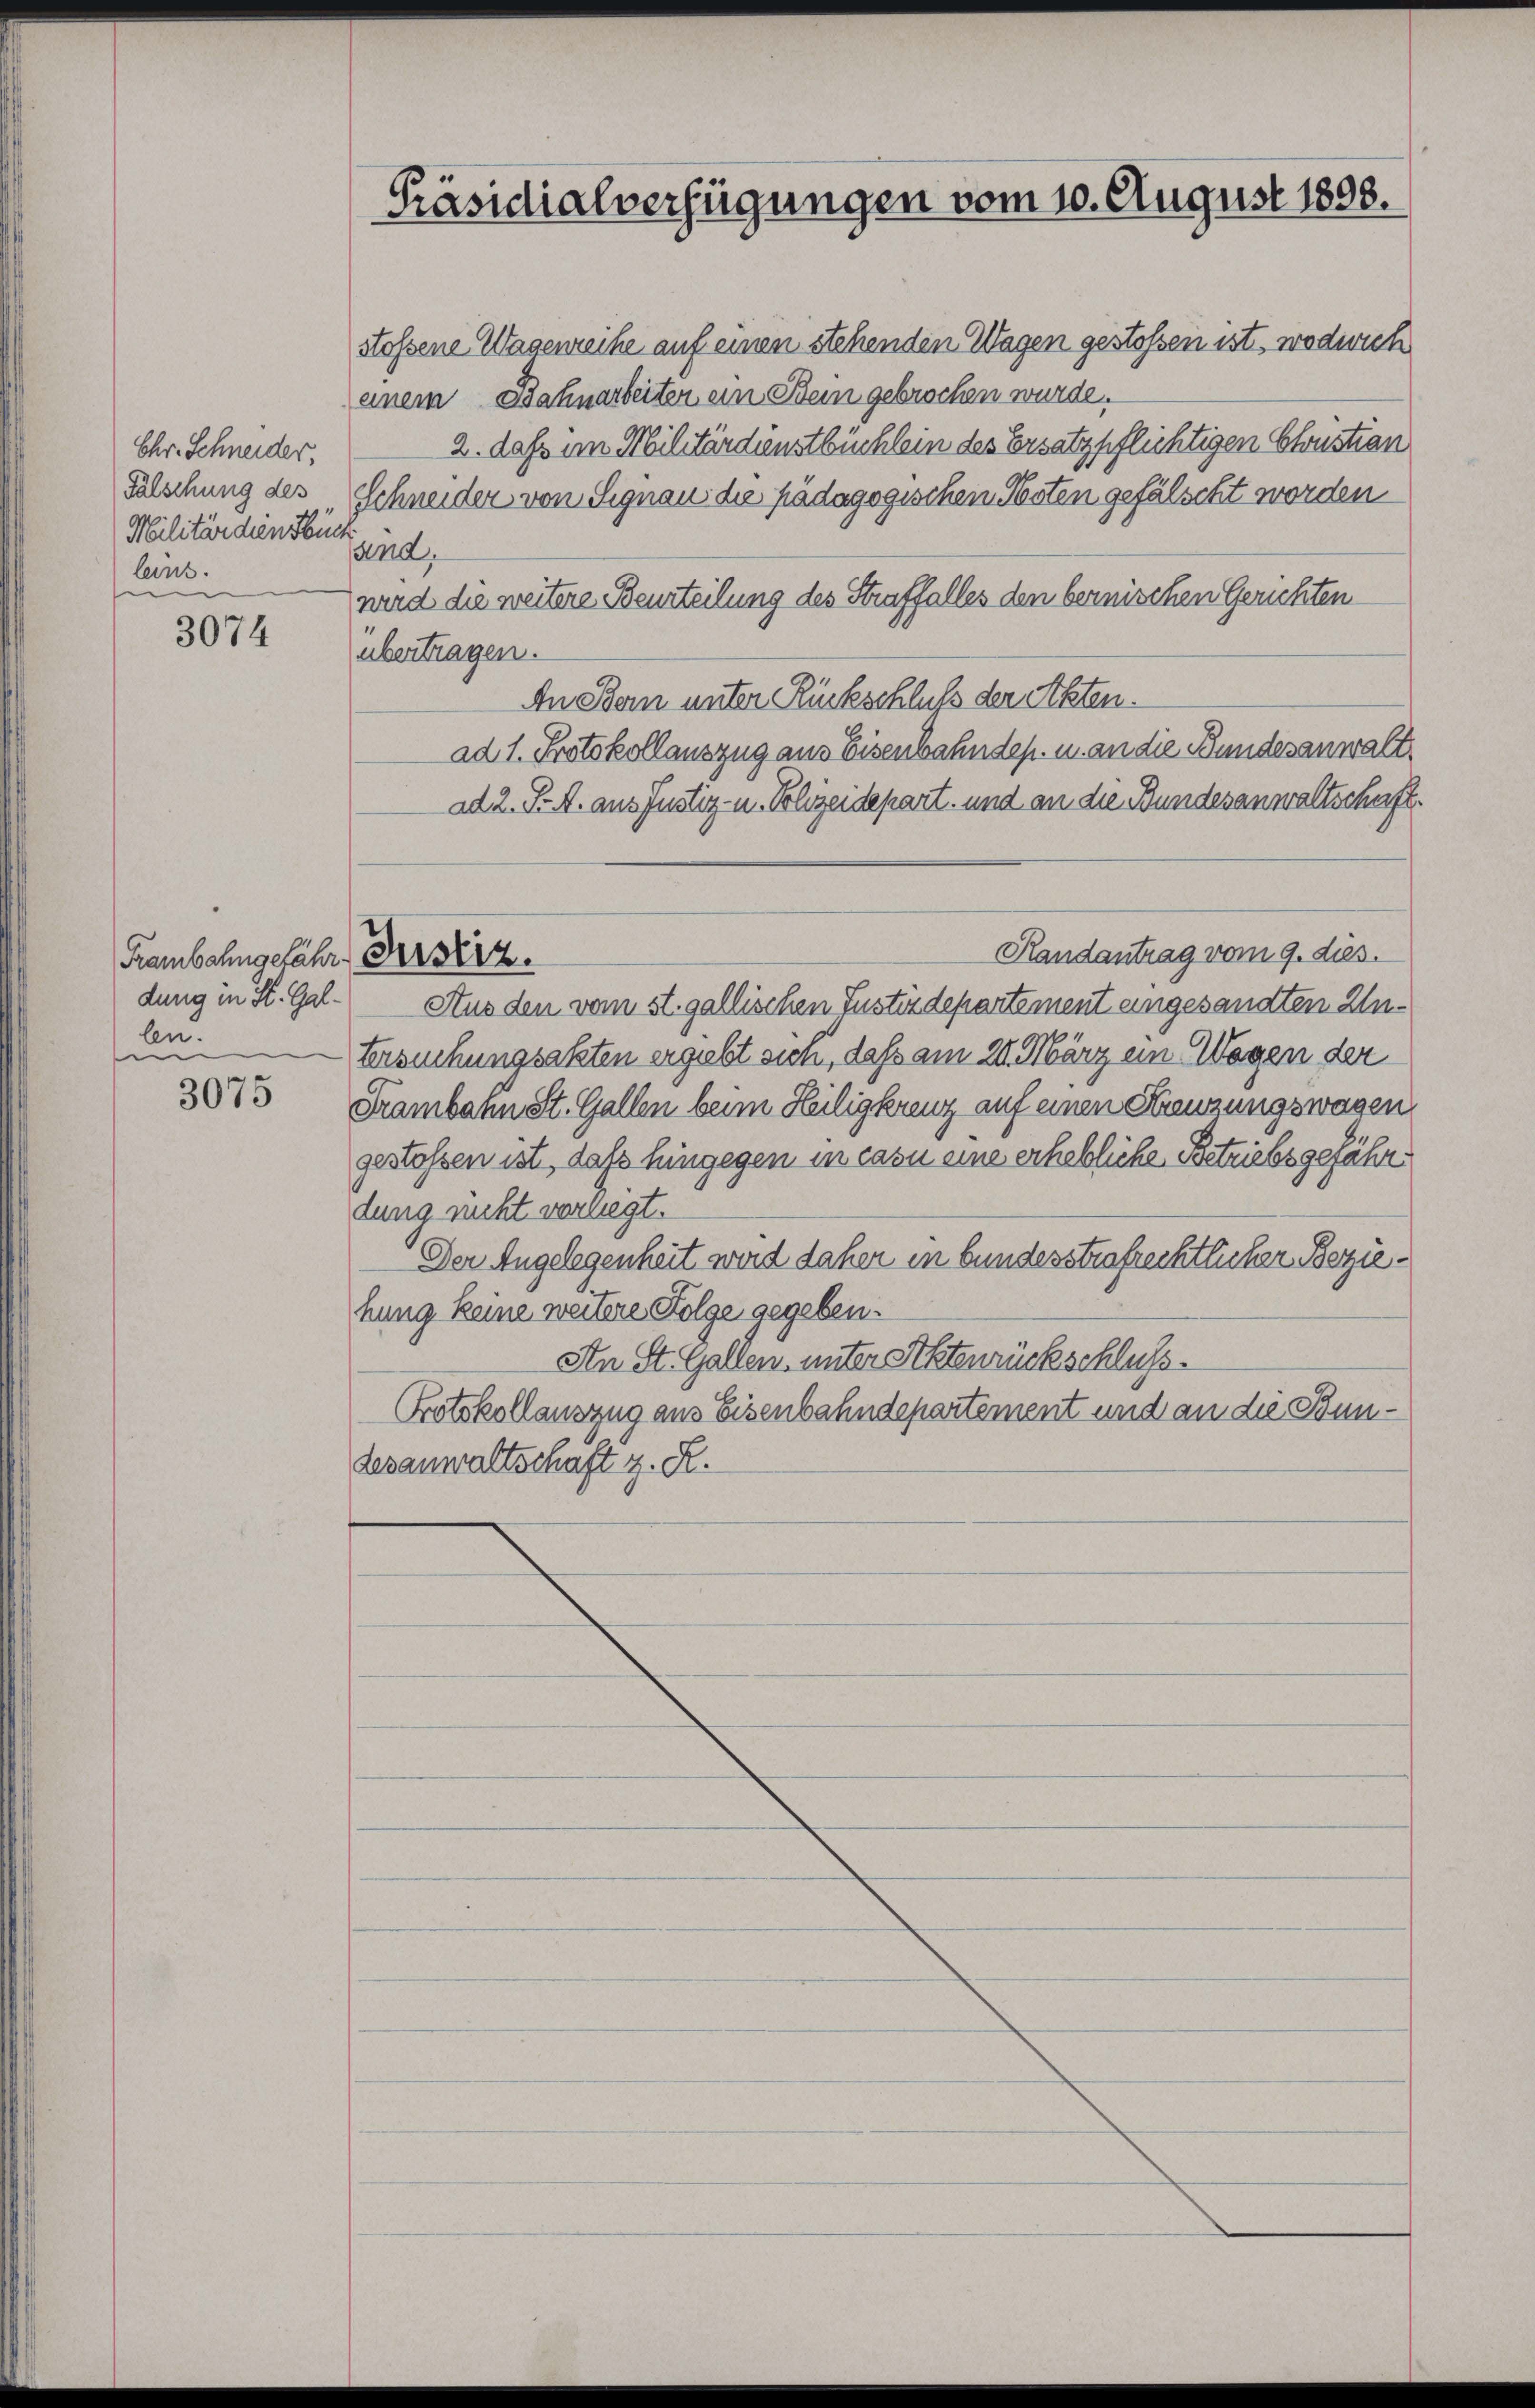
Chr. Schneider,
Fälschung des
Militärdien Feuch
lens.

3074

Traubahngefähr
dung in St. Gallen.
|

3075

Präsidialverfügungen vom 10. August 1890.

Justiz.

stossene Wagenreihe auf einen stehenden Wagen gestossen ist, wodurich
einem Bahnarbeiter ein Bein gebrochen wurde.
2. daß am Militärdienstbüchlein des Ersatzpflichtigen Christian
Schneider von Signau die pädagogischen Nosten gefälscht worden
and,
wird die weitere Beurteilung des Straffalles den bernischen Gerichten
übertragen.
An Bern unter Rückschluß der Akten.
ad 1. Protokollauszug aus Eisenbahndep. u. an die Bundesanwalt,
ad 2. J. A. aus Justiz- u. Polizeidepart, und an die Bundesanwaltschaft
Aus den vom st. gallischen Justizdepartement eingesandten Intersuchungsakten ergiebt sich, daß am 28. März ein Wegen der
Frambahn St. Gallen beim Heiligkreuz auf einen Kreuzungswagen
gestossen ist, daß hingegen in casu eine erhebliche Betriebsgefähr
dung nicht vorlegt.
Der Angelegenheit wird daher in bundesstrafrechtlicher Beziehung keine weitere Folge gegeben.
An St. Gallen, unter Aktenrückschluss.
Protokollauszug aus Eisenbahndepartement und an die Bundesanwaltschaft z. R.

Randantrag vom 9. dies